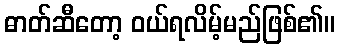
ဓာတ်ဆီတော့ ဝယ်ရလိမ့်မည်ဖြစ်၏။